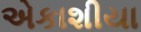
એકાશીયા